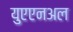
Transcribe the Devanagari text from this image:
युएएनअल